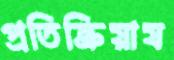
প্রতিক্রিয়ায